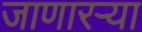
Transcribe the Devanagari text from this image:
जाणारऱ्या